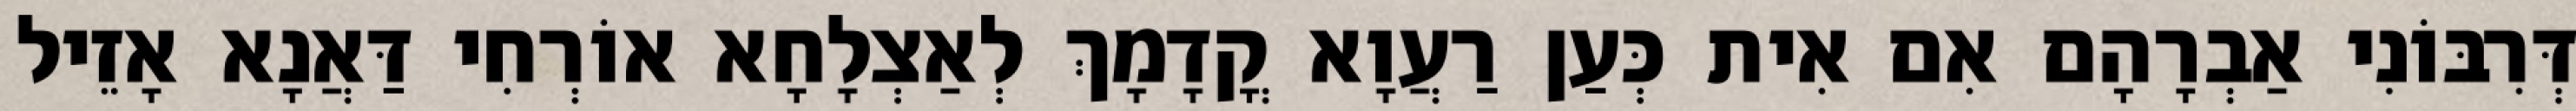
דְּרִבּוֹנִי אַבְרָהָם אִם אִית כְּעַן רַעֲוָא קֳדָמָךְ לְאַצְלָחָא אוֹרְחִי דַּאֲנָא אָזֵיל